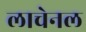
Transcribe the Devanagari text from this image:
लाचेनल